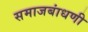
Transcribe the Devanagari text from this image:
समाजबांधणी